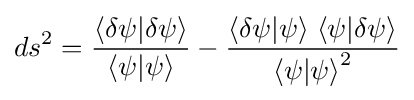
ds^{2}={\frac {\langle \delta \psi \vert \delta \psi \rangle }{\langle \psi \vert \psi \rangle }}-{\frac {\langle \delta \psi \vert \psi \rangle \;\langle \psi \vert \delta \psi \rangle }{{\langle \psi \vert \psi \rangle }^{2}}}